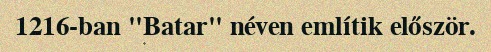
1216-ban "Batar" néven említik először.